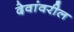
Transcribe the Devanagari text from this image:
देवांवरील